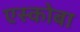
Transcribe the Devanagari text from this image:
एस्कोबा